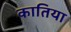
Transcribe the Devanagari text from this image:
कातिया